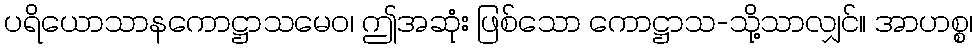
ပရိယောသာနကောဋ္ဌာသမေဝ၊ ဤအဆုံး ဖြစ်သော ကောဋ္ဌာသ-သို့သာလျှင်။ အာဟစ္စ၊